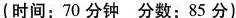
(时间:70分钟分数:85分)